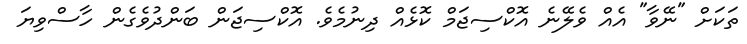
ތަކަށް "ނޭވާ" އެއް ވެލޭނެ އޮކްސިޖަމް ކޮޅެއް ދިނުމެވެ. އޮކްސިޖަން ބަންދުވެގެން ހާސްވިޔަ